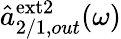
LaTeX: \hat{a}_{2/1,out}^{\mathrm{ext2}}(\omega)